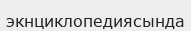
экнциклопедиясында